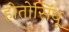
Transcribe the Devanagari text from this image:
होतोसिंधू